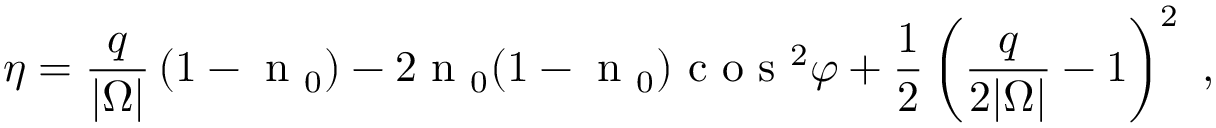
\eta = \frac { q } { | \Omega | } \left( 1 - \textrm { n } _ { 0 } \right) - 2 \textrm { n } _ { 0 } ( 1 - \textrm { n } _ { 0 } ) \textrm { c o s } ^ { 2 } \varphi + \frac { 1 } { 2 } \left( \frac { q } { 2 | \Omega | } - 1 \right) ^ { 2 } \textrm { , }